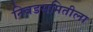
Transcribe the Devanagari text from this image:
निवडसमितीला